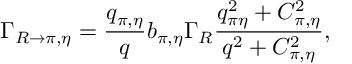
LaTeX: \Gamma _ { R \rightarrow \pi , \eta } = \frac { q _ { \pi , \eta } } { q } b _ { \pi , \eta } \Gamma _ { R } \frac { q _ { \pi \eta } ^ { 2 } + C _ { \pi , \eta } ^ { 2 } } { q ^ { 2 } + C _ { \pi , \eta } ^ { 2 } } ,